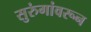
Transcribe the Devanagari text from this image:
सुरुंगांवरून